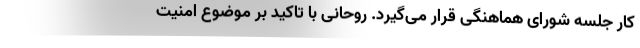
کار جلسه شورای هماهنگی قرار می‌گیرد. روحانی با تاکید بر موضوع امنیت